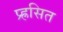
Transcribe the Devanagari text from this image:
प्र्ह्रसित